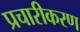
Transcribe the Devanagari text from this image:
प्रचारीकरण